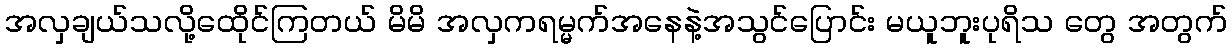
အလှချယ်သလို့ထေိုင်ကြတယ် မိမိ အလှကရမ္မက်အနေနဲ့အသွင်ပြောင်း မယူဘူးပုရိသ တွေ အတွက်